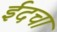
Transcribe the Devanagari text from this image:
ईदचा